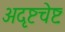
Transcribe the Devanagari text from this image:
अदृष्टचेष्टः